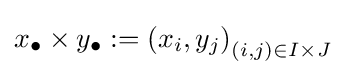
x_{\bullet }\times y_{\bullet }:=\left(x_{i},y_{j}\right)_{(i,j)\in I\times J}